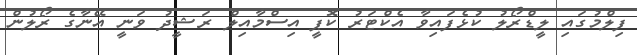
ފިލްމުގައި ލީޑްރޯލު ކުޅެފައިވާ އެކްޓަރު ކޮޕީ އިސްމާއިލް ރަޝީދު ވަނީ އޭނާގެ ރޯލުން